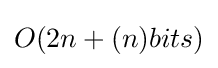
O(2n+(n)bits)